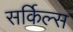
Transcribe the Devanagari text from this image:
सर्किल्स